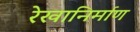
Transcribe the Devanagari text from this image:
रेखानिर्माण